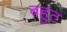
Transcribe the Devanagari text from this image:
बहुट